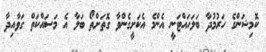
ކޮމިޝަންގެ ހަރުމުދާ ބަލަހައްޓަނީ އެންމެ އެކަށީގެންވާ ގޮތަށްތޯ ބަލާ އެ މަސައްކަތް ގަވާއިދާ